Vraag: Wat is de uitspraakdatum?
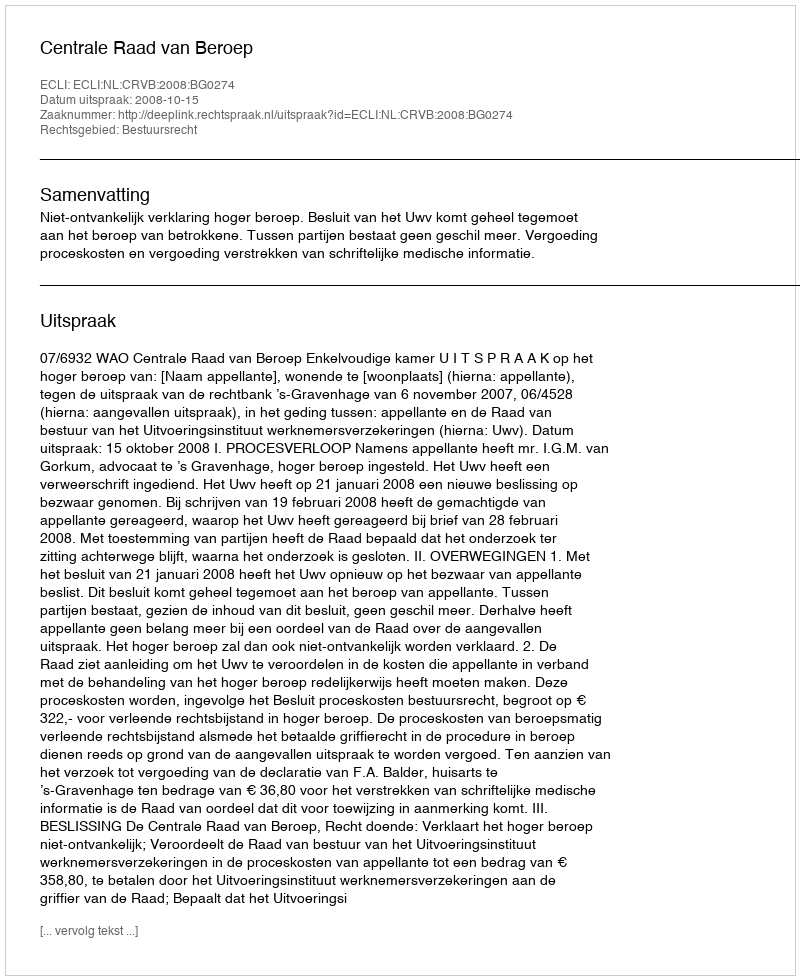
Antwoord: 2008-10-15